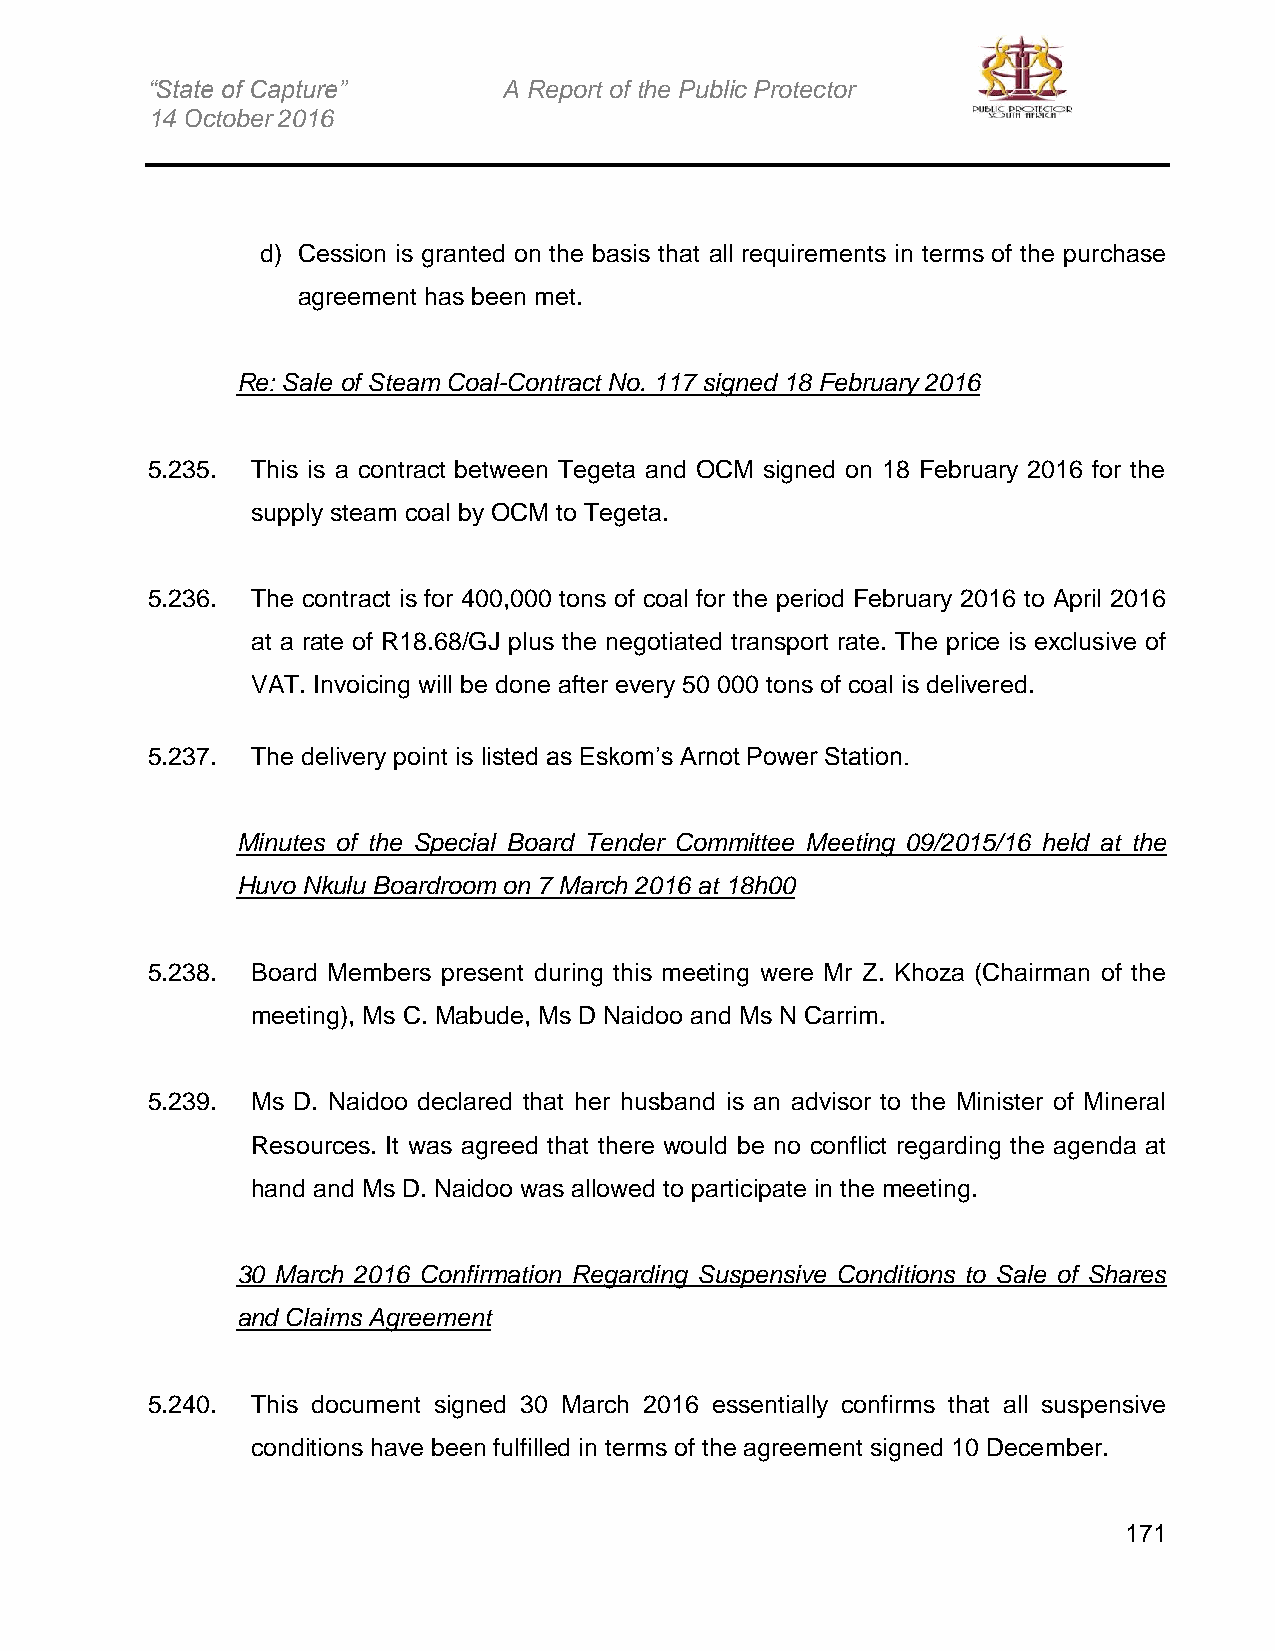
“State of Capture”     A Report of the Public Protector
 14 October 2016
 d) Cession is granted on the basis that all requirements in terms of the purchase
 agreement has been met.
 Re: Sale of Steam Coal-Contract No. 117 signed 18 February 2016
 5.235. This is a contract between Tegeta and OCM signed on 18 February 2016 for the
 supply steam coal by OCM to Tegeta.
 5.236. The contract is for 400,000 tons of coal for the period February 2016 to April 2016
 at a rate of R18.68/GJ plus the negotiated transport rate. The price is exclusive of
 VAT. Invoicing will be done after every 50 000 tons of coal is delivered.
 5.237. The delivery point is listed as Eskom’s Arnot Power Station.
 Minutes of the Special Board Tender Committee Meeting 09/2015/16 held at the
 Huvo Nkulu Boardroom on 7 March 2016 at 18h00
 5.238. Board Members present during this meeting were Mr Z. Khoza (Chairman of the
 meeting), Ms C. Mabude, Ms D Naidoo and Ms N Carrim.
 5.239. Ms D. Naidoo declared that her husband is an advisor to the Minister of Mineral
 Resources. It was agreed that there would be no conflict regarding the agenda at
 hand and Ms D. Naidoo was allowed to participate in the meeting.
 30 March 2016 Confirmation Regarding Suspensive Conditions to Sale of Shares
 and Claims Agreement
 5.240. This document signed 30 March 2016 essentially confirms that all suspensive
 conditions have been fulfilled in terms of the agreement signed 10 December.
 171